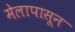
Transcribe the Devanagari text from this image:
मेलापासून